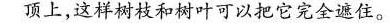
顶上，这样树枝和树叶可以把它完全遮住。